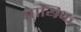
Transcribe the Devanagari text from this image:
पायिक